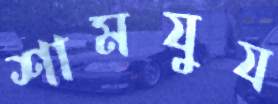
শামযুয